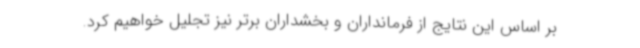
بر اساس این نتایج از فرمانداران و بخشداران برتر نیز تجلیل خواهیم کرد.